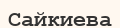
Сайкиева